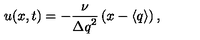
u ( x , t ) = - \frac { \nu } { { \Delta q } ^ { 2 } } \left( x - \langle q \rangle \right) ,